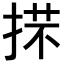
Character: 𢯒